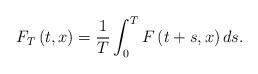
LaTeX: \begin{align*}F_{T}\left(t,x\right)=\frac{1}{T}\int_{0}^{T}F\left(t+s,x\right)ds.\end{align*}